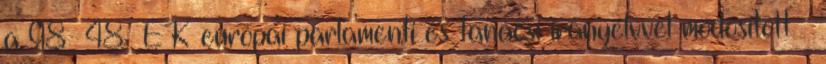
a 98 48 EK európai parlamenti és tanácsi irányelvvel módosított -